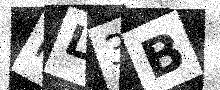
Text: RL3B